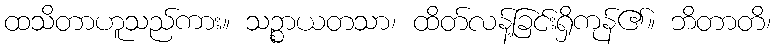
ထသိတာဟူသည်ကား။ သဉ္စာယတသာ၊ ထိတ်လန့်ခြင်းရှိကုန်၏။ ဘိတာတိ၊